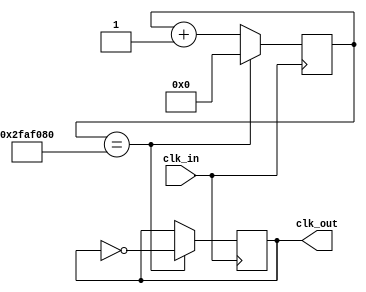
`timescale 1ns / 1ps
//////////////////////////////////////////////////////////////////////////////////
// Company: 
// Engineer: 
// 
// Design Name: 
// Module Name:    clk_divisor 
// Project Name: 
// Target Devices: 
// Tool versions: 
// Description: 
//
// Dependencies: 
//
// Revision: 
// Revision 0.01 - File Created
// Additional Comments: 
//
//////////////////////////////////////////////////////////////////////////////////
module clk_divisor(
	input clk_in,
	output reg clk_out
    );
	 parameter divisor=100000000;
	 
	 reg [26:0] counter = 27'b0;
	 
	 always @(posedge clk_in) begin
		if(counter == divisor/2) begin 
			clk_out <= ~clk_out;
			counter <= 27'b0;
		end
		else
			counter <= counter+1;
	end

endmodule